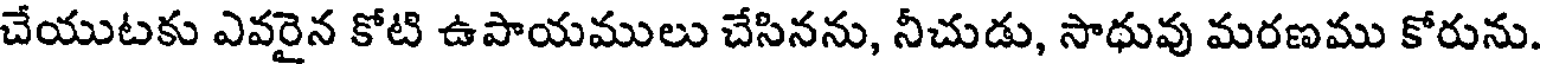
చేయుటకు ఎవరైన కోటి ఉపాయములు చేసినను, నీచుడు, సాధువు మరణము కోరును.